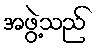
အဖွဲ့သည်